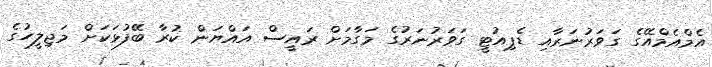
އެމްއެމްއޭގެ ގަވަރުނަރާއި ޑެޕިއުޓީ ގަވަރުނަރުގެ މަގާމަށް ރައީސް އައްޔަން ކުރާ ބޭފުޅަކަށް މަޖިލީހުގެ